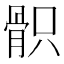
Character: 𩨵